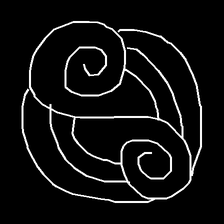
Glyph: wind-underfoot